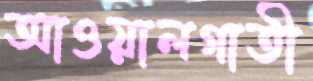
আওয়ালগাতী